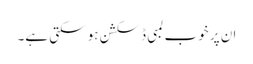
ان پر خوب لمبی ڈسکشن ہو سکتی ہے۔